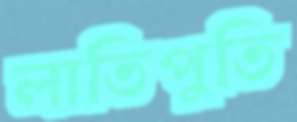
লাতিপুতি